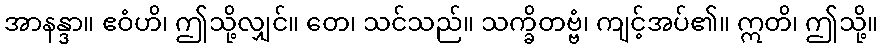
အာနန္ဒာ။ ဧဝံဟိ၊ ဤသို့လျှင်။ တေ၊ သင်သည်။ သက္ခိတဗ္ဗံ၊ ကျင့်အပ်၏။ ဣတိ၊ ဤသို့။